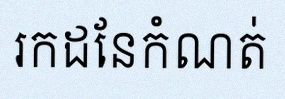
រកដែនកំណត់